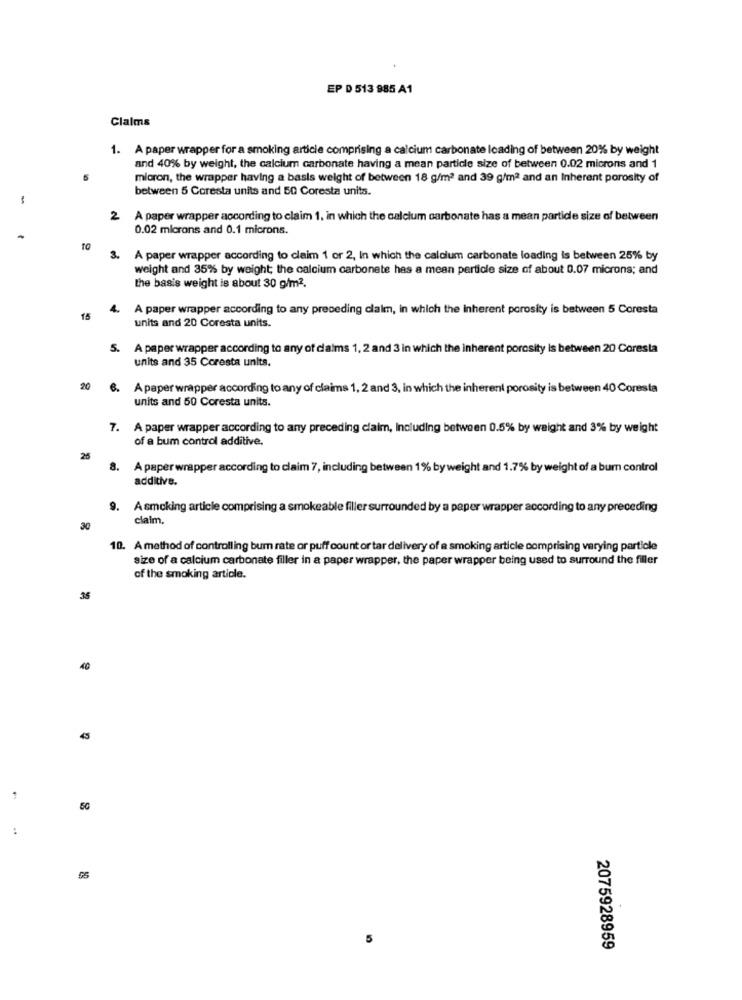
EP D 513 985 A1
Claims
1. A paper wrapper for a smoking article comprising a calcium carbonate loading of between 20% by weight
and 40% by weight, the calcium carbonate having a mean particle size of between 0.02 microns and 1
micron, the wrapper having a basis weight of between 18 g/m2 and 39 g/m2 and an Inherent porosity of
between 5 Coresta units and 50 Coresta units.
-
A paper wrapper according to claim 1, in which the calcium carbonate has a mean partide size of between
0.02 microns and 0.1 microns.
A paper wrapper according to claim 1 or 2, In which the calcium carbonate loading is between 25% by
weight and 35% by weight; the calcium carbonate has a mean perticle size of about 0.07 microns; and
the basis weight is about 30 g/m2.
4. A paper wrapper according to any preceding claim, in which the Inherent porosity is between 5 Coresta
15
units and 20 Coresta units.
5. A paper wrapper according to any of claims 1, 2 and 3 in which the inherent porosity is between 20 Coresta
units and 35 Coresta units.
20
6. A paper wrapper according to any of claims 1, 2 and 3, in which the inherent porosity is between 40 Coresta
units and 50 Coresta units.
7. A paper wrapper according to any preceding claim, Including between 0.5% by weight and 3% by weight
of a bum control additive.
25
8. A paper wrapper according to claim 7, including between 1% by weight and 1.7% by weight of a bum control
additive.
9. Asmoking article comprising a smokeable filler surrounded by a paper wrapper according to any preceding
claim.
30
10. A method of controlling bum rate or puff count or tar delivery of a smoking article comprising varying particle
size of a calcium carbonate filler in a paper wrapper, the paper wrapper being used to surround the filler
of the smoking article.
35
40
45
50
:
2075928959